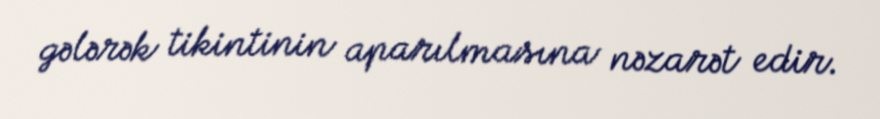
gələrək tikintinin aparılmasına nəzarət edir.